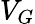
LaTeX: V_{G}